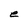
Character: e